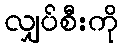
လျှပ်စီးကို